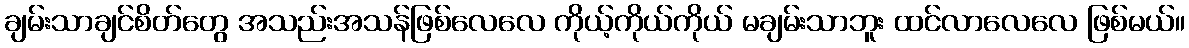
ချမ်းသာချင်စိတ်တွေ အသည်းအသန်ဖြစ်လေလေ ကိုယ့်ကိုယ်ကိုယ် မချမ်းသာဘူး ထင်လာလေလေ ဖြစ်မယ်။